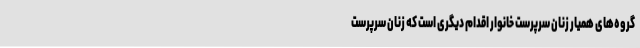
گروه‌های همیار زنان سرپرست خانوار اقدام دیگری است که زنان سرپرست